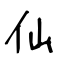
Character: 仙